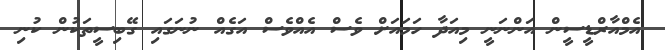
އެމްއާރްޑީީސީން އަންނަނީ މިއަދާ ހަމައަށް ވެސް އެއްވެސް އަގެއް ނުނަގައި ގޭބިސީތަކުން ކުނި